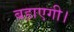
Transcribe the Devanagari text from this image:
बहाएगी।